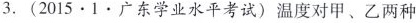
3.(2015·1·广东学业水平考试)温度对甲、乙两种